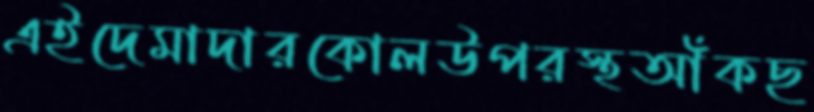
এইদেমাদারকোলউপরস্থআঁকছ